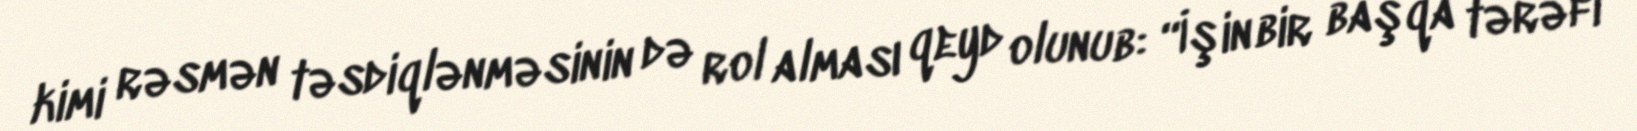
kimi rəsmən təsdiqlənməsinin də rol alması qeyd olunub: “İşin bir başqa tərəfi